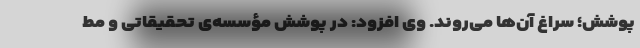
پوشش؛ سراغ آن‌ها می‌روند. وی افزود: در پوشش مؤسسه‌ی تحقیقاتی و مط